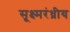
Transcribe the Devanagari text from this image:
सूक्ष्मरंध्रीय